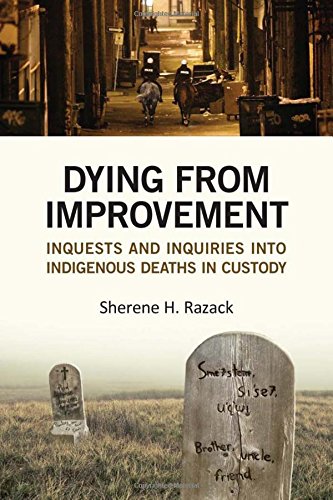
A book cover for Dying from Improvement: Inquests and Inquiries into Indigenous Deaths in Custody; Sherene Razack; Law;